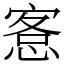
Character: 愙